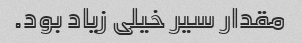
مقدار سیر خیلی زیاد بود.